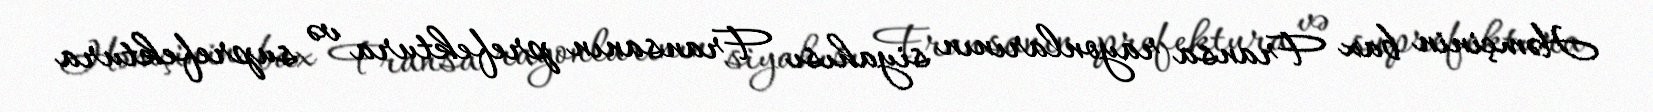
Həmçinin bax Fransa rayonlarının siyahısı Fransanın prefektura və suprefektura